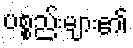
ပစ္စည်းများ၏